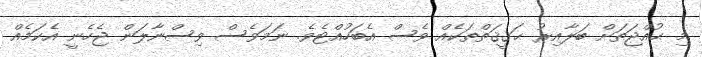
މި ޙުއްޖަތަށް ބަލާއިރު ޙަޤީޤަތްތަކެއް ވެސް އެބަހުއްޓެވެ. ނަމަވެސް ވިސްނާލަން ޖެހެނީ އެކަމެއް